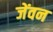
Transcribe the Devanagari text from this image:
जेंवन